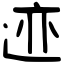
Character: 迹